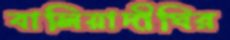
বালিয়াদীঘির